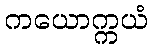
ကယောက္ကယံ